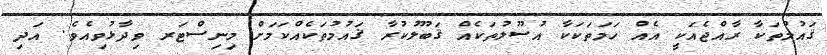
ޤައުމުތަކާ ރާއްޖެއަކީ އެއް ހަމަތަކަކާ އުސޫލުތަކެއް ޤަބޫލުކުރާ ޤައުމުތަކެއްކަމަށް މިނިސްޓަރ ވިދާޅުވިއެވެ. އަދި